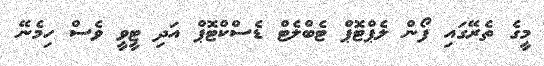
މީގެ ތެރޭގައި ފޯން ލެޕްޓޮޕް ޓެބްލެޓް ޑެސްކްޓޮޕް އަދި ޓީވީ ވެސް ހިމެނޭ